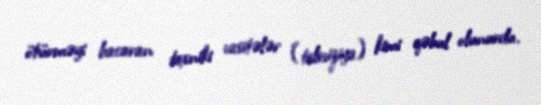
ötürməyi bacaran texniki vasitələr (televiziya) kimi qəbul olunurdu.